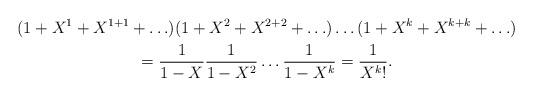
LaTeX: \begin{align*}\begin{gathered}(1+X^1+X^{1+1}+\ldots)(1+X^2+X^{2+2}+\ldots)\ldots(1+X^k+X^{k+k}+\ldots)\\=\frac{1}{1-X}\frac{1}{1-X^2}\ldots\frac{1}{1-X^k}=\frac{1}{X^k!}.\end{gathered}\end{align*}